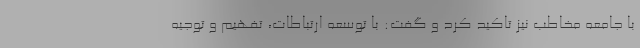
با جامعه مخاطب نیز تاکید کرد و گفت: با توسعه ارتباطات، تفهیم و توجیه